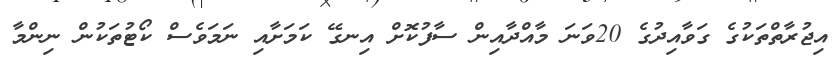
އިޖުރާތްތަކުގެ ގަވާއިދުގެ 20ވަނަ މާއްދާއިން ސާފުކޮށް އިނގޭ ކަމަށާއި ނަމަވެސް ކޯޓުތަކުން ނިންމާ